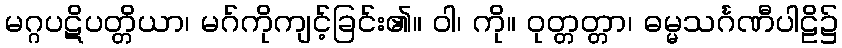
မဂ္ဂပဋိပတ္တိယာ၊ မဂ်ကိုကျင့်ခြင်း၏။ ဝါ၊ ကို။ ဝုတ္တတ္တာ၊ ဓမ္မသင်္ဂဏီပါဠိ၌